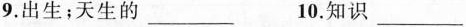
9.出生；天生的___ 10.知识___